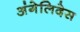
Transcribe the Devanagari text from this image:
अंगेलिदेस